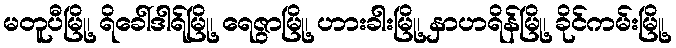
မတူပီမြို့၊ ရိခေါ်ဒါရ်မြို့၊ ရေဇွာမြို့၊ ဟားခါးမြို့၊ နှာဟရိန်မြို့၊ ခိုင်ကမ်းမြို့၊